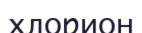
хлорион